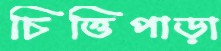
চিত্তিপাড়া